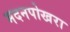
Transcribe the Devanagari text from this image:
मदनपोखरा